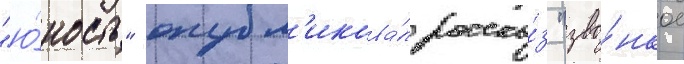
"ю́ность" опубл'икова́л расска́з "зво́нкое